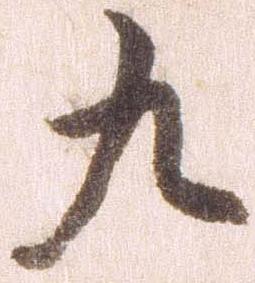
九